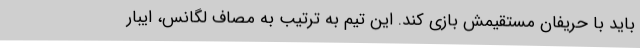
باید با حریفان مستقیمش بازی کند. این تیم به ترتیب به مصاف لگانس، ایبار